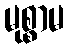
မုစ္စာမ